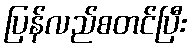
ပြန်လည်စတင်ပြီး